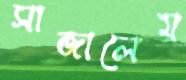
সাজালেম